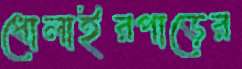
ধোলাইরপাড়ের